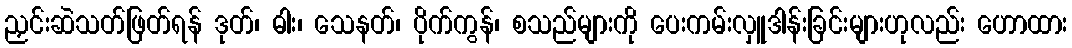
ညှင်းဆဲသတ်ဖြတ်ရန် ဒုတ်၊ ဓါး၊ သေနတ်၊ ပိုက်ကွန်၊ စသည်များကို ပေးကမ်းလှူဒါန်းခြင်းများဟုလည်း ဟောထား